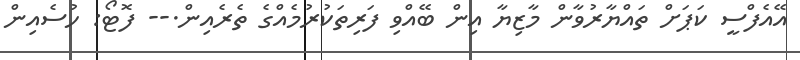
އޭއެފްސީ ކަޕަށް ތައްޔާރުވާން މާޒިޔާ އިން ބޭއްވި ފަރިތަކުރުމެއްގެ ތެރެއިން.-- ފޮޓޯ: ހުސެއިން